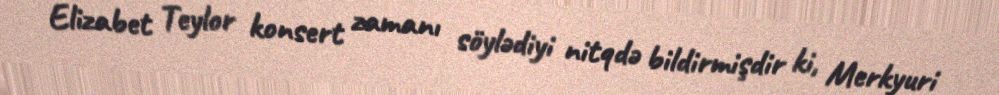
Elizabet Teylor konsert zamanı söylədiyi nitqdə bildirmişdir ki, Merkyuri